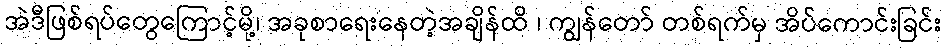
အဲဒီဖြစ်ရပ်တွေကြောင့်မို့၊ အခုစာရေးနေတဲ့အချိန်ထိ ၊ ကျွန်တော် တစ်ရက်မှ အိပ်ကောင်းခြင်း